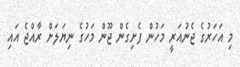
މި އަހަރުގެ ޖެނުއަރީ މަހުން ފެށިގެން ޖޫން މަހުގެ ނިޔަލަށް ރާއްޖެ އައި